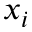
x _ { i }